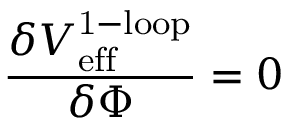
\frac { \delta V _ { \mathrm { e f f } } ^ { \mathrm { 1 - l o o p } } } { \delta \Phi } = 0